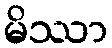
မိဿာ